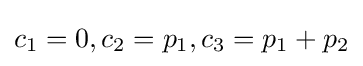
c_{1}=0,c_{2}=p_{1},c_{3}=p_{1}+p_{2}